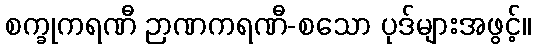
စက္ခုကရဏီ ဉာဏကရဏီ-စသော ပုဒ်များအဖွင့်။